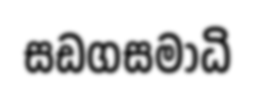
සඩගසමාධි